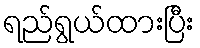
ရည်ရွယ်ထားပြီး